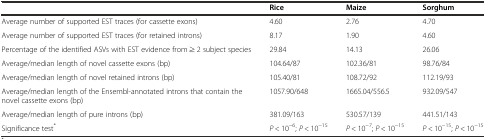
<table><thead><tr><td></td><td><b>Rice</b></td><td><b>Maize</b></td><td><b>Sorghum</b></td></tr></thead><tbody><tr><td>Average number of supported EST traces (for cassette exons)</td><td>4.60</td><td>2.76</td><td>4.70</td></tr><tr><td>Average number of supported EST traces (for retained introns)</td><td>8.17</td><td>1.90</td><td>4.60</td></tr><tr><td>Percentage of the identified ASVs with EST evidence from ≥ 2 subject species</td><td>29.84</td><td>14.13</td><td>26.06</td></tr><tr><td>Average/median length of novel cassette exons (bp)</td><td>104.64/87</td><td>102.36/81</td><td>98.76/84</td></tr><tr><td>Average/median length of novel retained introns (bp)</td><td>105.40/81</td><td>108.72/92</td><td>112.19/93</td></tr><tr><td>Average/median length of the Ensembl-annotated introns that contain the novel cassette exons (bp)</td><td>1057.90/648</td><td>1665.04/556.5</td><td>932.09/547</td></tr><tr><td>Average/median length of pure introns (bp)</td><td>381.09/163</td><td>530.57/139</td><td>441.51/143</td></tr><tr><td>Significance test<sup>*</sup></td><td><i>P</i> &lt; 10<sup>−6</sup>; <i>P</i> &lt; 10<sup>−15</sup></td><td><i>P</i> &lt; 10<sup>−7</sup>; <i>P</i> &lt; 10<sup>−15</sup></td><td><i>P</i> &lt; 10<sup>−15</sup>; <i>P</i> &lt; 10<sup>−15</sup></td></tr></tbody></table>